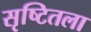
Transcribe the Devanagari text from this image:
सृष्टितला